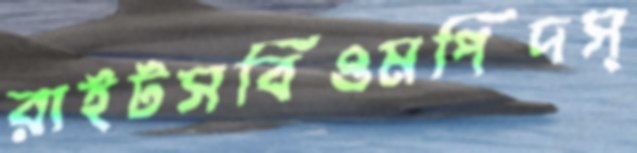
রাইটসবিওমপিদস্